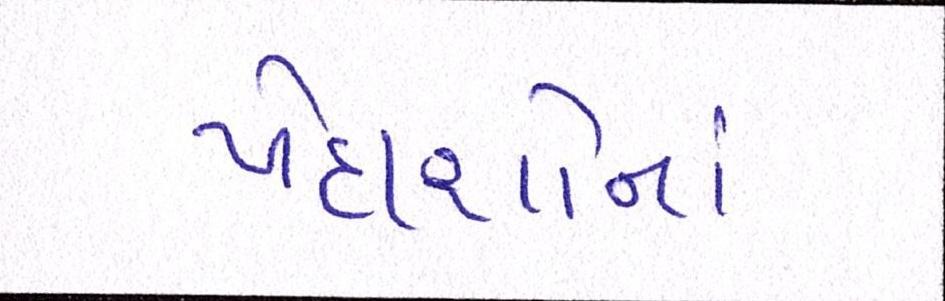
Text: પેદાશોનાં